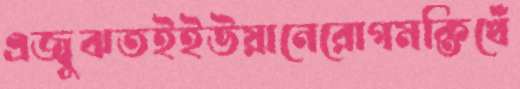
এজ্বুঝতইইউয়ানেরোগমক্তিখেঁ